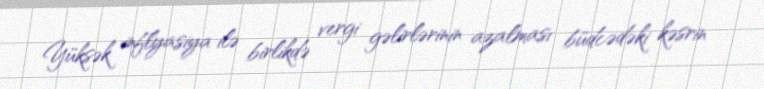
Yüksək inflyasiya ilə birlikdə vergi gəlirlərinin azalması büdcədəki kəsrin